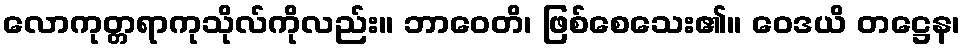
လောကုတ္တရာကုသိုလ်ကိုလည်း။ ဘာဝေတိ၊ ဖြစ်စေသေး၏။ ဝေဒယိ တဋ္ဌေန၊